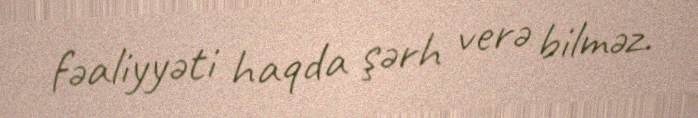
fəaliyyəti haqda şərh verə bilməz.